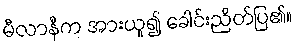
မီလာနီက အားယူ၍ ခေါင်းညိတ်ပြ၏။